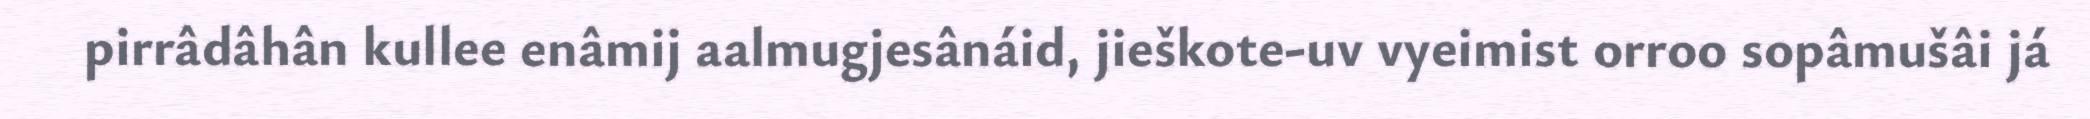
pirrâdâhân kullee enâmij aalmugjesânáid, jieškote-uv vyeimist orroo sopâmušâi já